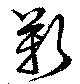
靳